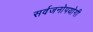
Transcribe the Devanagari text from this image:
सर्वजनाेपयाेगी